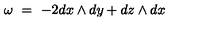
\omega \ = \ - 2 d x \wedge d y + d z \wedge d x